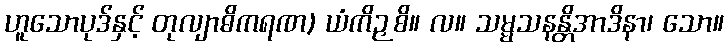
ဟူသောပုဒ်နှင့် တုလျာဓိကရဏ) ယံကိဉှစိ။ လ။ သမ္မသနန္တိအာဒိနာ၊ သော။